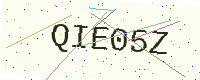
Text: QIE05Z